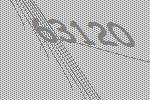
63120